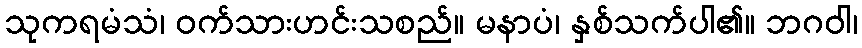
သုကရမံသံ၊ ဝက်သားဟင်းသစည်။ မနာပံ၊ နှစ်သက်ပါ၏။ ဘဂဝါ၊